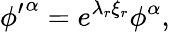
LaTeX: {\phi^{\prime}}^{\alpha}=e^{{\lambda}_{r}{\xi}_{r}}{\phi}^{\alpha},